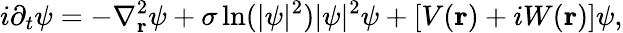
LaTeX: i\partial_{t}\psi=-\nabla_{\mathbf{r}}^{2}\psi+\sigma\ln(|\psi|^{2})|\psi|^{2}\psi+[V(\mathbf{r})+iW(\mathbf{r})]\psi,